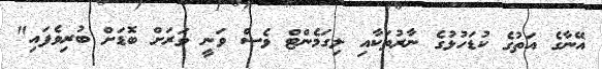
އޭނާގެ އަތުގެ ކުޑަހުޅުގެ ނާރުތަކާއި ލިގަމެންޓް ވެސް ވަނީ ވަރަށް ބޮޑަށް ބުރިވެފައި"